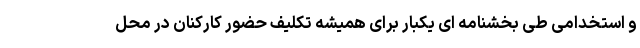
و استخدامی طی بخشنامه ای یکبار برای همیشه تکلیف حضور کارکنان در محل